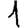
Digit: 1